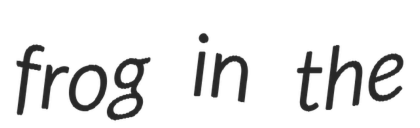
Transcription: frog in the